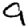
Digit: 9